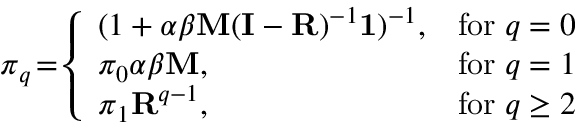
\! \! \! \! \! \! \! \! \! \! \! \! \boldsymbol { \pi } _ { q } \! = \! \left\{ \begin{array} { l l } { ( 1 + \alpha \boldsymbol { \beta } \mathbf { M } ( \mathbf { I } - \mathbf { R } ) ^ { - 1 } \mathbf { 1 } ) ^ { - 1 } , } & { \mathrm { f o r } \; q = 0 } \\ { \pi _ { 0 } \alpha \boldsymbol { \beta } \mathbf { M } , } & { \mathrm { f o r } \; q = 1 } \\ { \boldsymbol { \pi } _ { 1 } \mathbf { R } ^ { q - 1 } , } & { \mathrm { f o r } \; q \geq 2 } \end{array} \right.